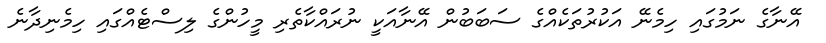
އޭނާގެ ނަމުގައި ހިމެނޭ އަކުރުތަކެއްގެ ސަބަބުން އޭނާއަކީ ނުރައްކާތެރި މީހުންގެ ލިސްޓެއްގައި ހިމެނިދާނެ